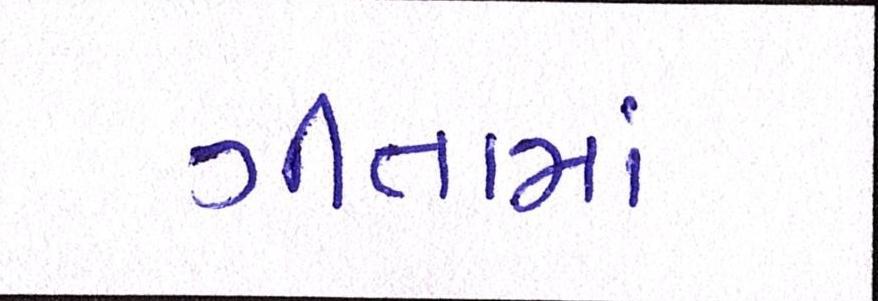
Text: ગીતામાં